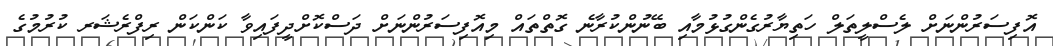
އޮފިސަރުންނަށް ލެސްލީތަލް ހަތިޔާރުގެންގުޅުމާއި ބޭނުންކުރާނެ ގޮތްތައް މިއޮފިސަރުންނަށް ދަސްކޮށްދީފައިވާ ކަންކަން ރިފްރެޝަރ ކުރުމުގެ